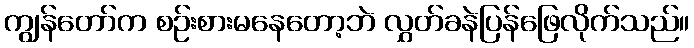
ကျွန်တော်က စဉ်းစားမနေတော့ဘဲ လွှတ်ခနဲပြန်ဖြေလိုက်သည်။